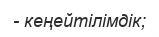
- кеңейтілімдік;